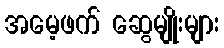
အမေ့ဖက် ဆွေမျိုးများ